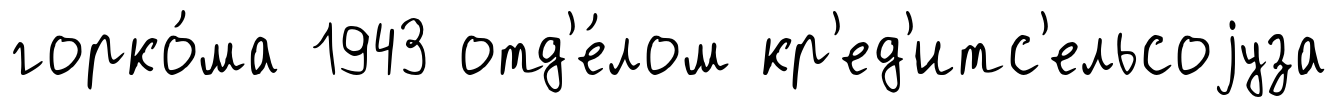
горко́ма 1943 отд'е́лом кр'ед'итс'ельсоjуза